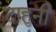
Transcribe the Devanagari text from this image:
दाहुनी